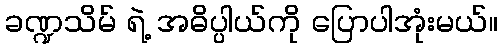
ခဏ္ဍသိမ် ရဲ့ အဓိပ္ပါယ်ကို ပြောပါအုံးမယ်။